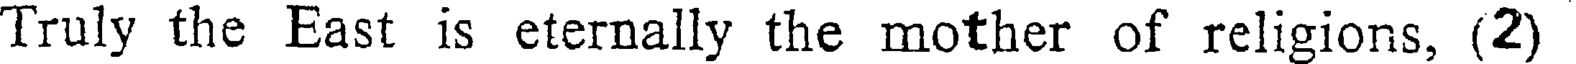
Truly the East is eternally the mother of religions, (2)